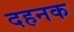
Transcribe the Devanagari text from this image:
दहनक